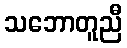
သဘောတူညီ